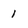
Character: 1